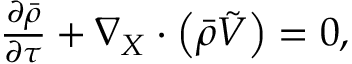
\begin{array} { r } { \frac { \partial \Bar { \rho } } { \partial \tau } + \nabla _ { X } \cdot \left( \Bar { \rho } \boldsymbol { \Tilde { V } } \right) = 0 , } \end{array}